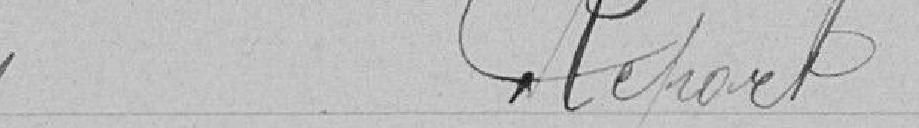
Report